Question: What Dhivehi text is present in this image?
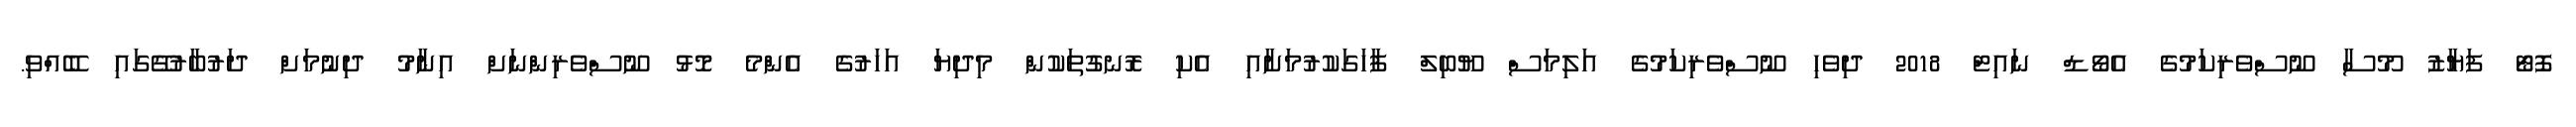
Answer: ފޮޓޯ ފަޔާޒު މޫސާ ނޫސްވެރިކަމުގެ އެވޯޑް ނައިޓް 2018 ދިވެހި ނޫސްވެރިކަމުގެ އަލިމަސް ޔޫބިލް ފާހަގަކުރުމަށާއި އެކި ރޮނގުތަކުން މިދިޔަ އަހަރުގެ އެންމެ މޮޅު ނޫސްވެރިންނަށް އިނާމު ދިނުމަށް ދަރުބާރުގޭގައި ބޭއްވި.